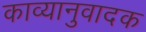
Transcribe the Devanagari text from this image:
काव्यानुवादक